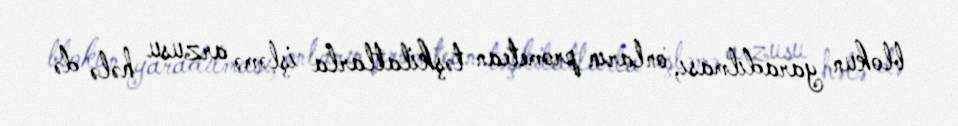
blokun yaradılması, onların prometean təşkilatlarla işləmə arzusu hələ də